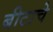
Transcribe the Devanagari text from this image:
बीटाचे